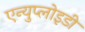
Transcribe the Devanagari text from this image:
एन्युप्लोइडी